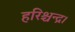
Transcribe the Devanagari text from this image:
हरिश्चन्द्र।